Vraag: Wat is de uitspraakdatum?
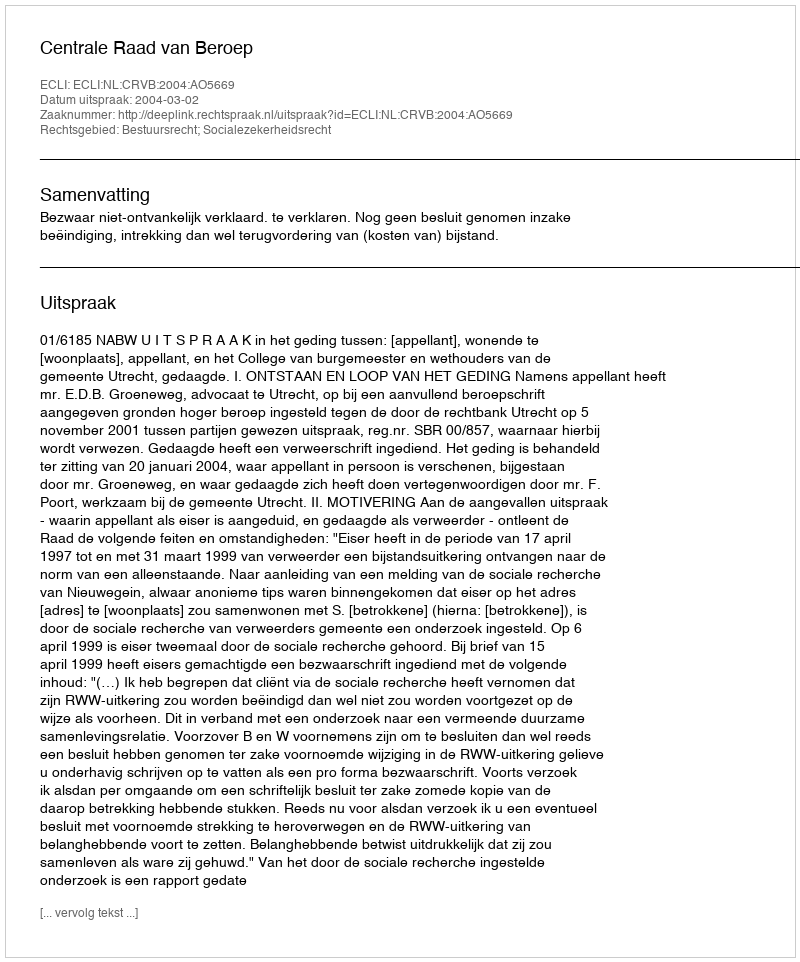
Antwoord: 2004-03-02